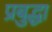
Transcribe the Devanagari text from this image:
प्रबुद्धा